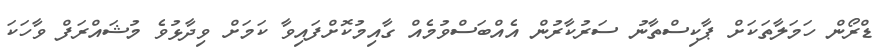
ޑްރޯން ހަމަލާތަކަށް ޕާކިސްތާނު ސަރުކާރުން އެއްބަސްވުމެއް ގާއިމުކޮށްފައިވާ ކަމަށް ވިދާޅުވެ މުޝައްރަފް ވާހަކަ